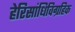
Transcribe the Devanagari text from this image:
हेरिसांधिविग्रहिक